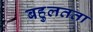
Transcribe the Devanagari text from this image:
बहुलतता